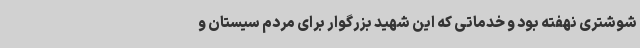
شوشتری نهفته بود و خدماتی که این شهید بزرگوار برای مردم سیستان و